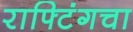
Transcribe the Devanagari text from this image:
राफ्टिंगचा